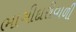
ભાગીદારીવાળી